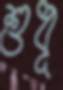
শুধূ